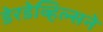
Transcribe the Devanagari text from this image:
डेरडेव्हिल्सने